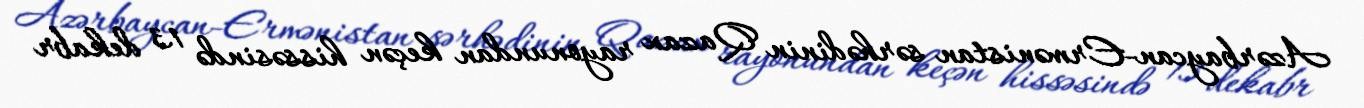
Azərbaycan-Ermənistan sərhədinin Qazax rayonundan keçən hissəsində 13 dekabr